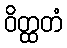
ဝိတ္ထတံ